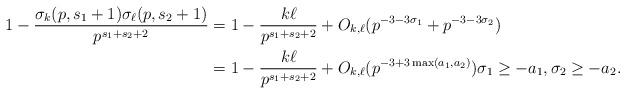
LaTeX: \begin{align*} 1 - \frac{\sigma_{k}(p,s_1+1) \sigma_{\ell}(p,s_2+1)}{p^{s_1+s_2+2}} & = 1- \frac{k \ell }{p^{s_1+s_2+2}} + O_{k,\ell}(p^{-3-3 \sigma_1}+p^{-3-3 \sigma_2}) \\ & = 1- \frac{k \ell }{p^{s_1+s_2+2}} + O_{k,\ell}( p^{-3+3\max(a_1,a_2)}) \sigma_1 \ge -a_1, \sigma_2 \ge -a_2.\end{align*}